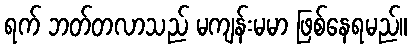
ရက် ဘတ်တလာသည် မကျန်းမမာ ဖြစ်နေရမည်။